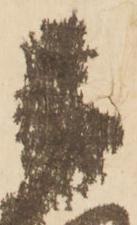
被